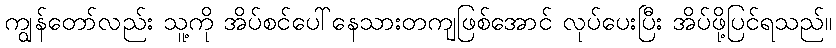
ကျွန်တော်လည်း သူ့ကို အိပ်စင်ပေါ်နေသားတကျဖြစ်အောင် လုပ်ပေးပြီး အိပ်ဖို့ပြင်ရသည်။